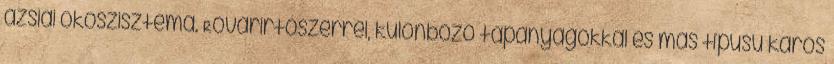
ázsiai ökoszisztéma. Rovarirtószerrel, különböző tápanyagokkal és más típusú káros